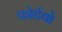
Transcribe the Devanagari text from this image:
फोर्टवो